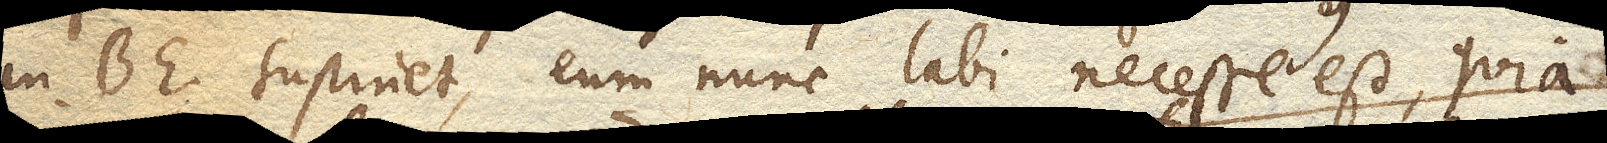
in BE. sustinet, eum nunc labi necesse est, quia